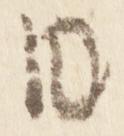
日